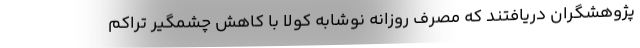
پژوهشگران دریافتند که مصرف روزانه نوشابه کولا با کاهش چشمگیر تراکم